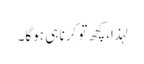
لہذا، کچھ تو کرنا ہی ہوگا۔